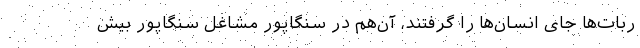
ربات‌ها جای انسان‌ها را گرفتند، آن‌هم در سنگاپور مشاغل سنگاپور بیش